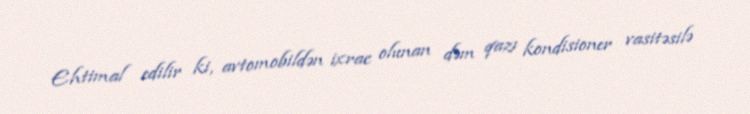
Ehtimal edilir ki, avtomobildən ixrac olunan dəm qazı kondisioner vasitəsilə